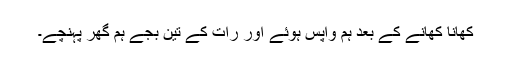
کھانا کھانے کے بعد ہم واپس ہوئے اور رات کے تین بجے ہم گھر پہنچے۔